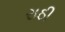
રાઠી